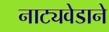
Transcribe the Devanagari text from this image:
नाट्यवेडाने